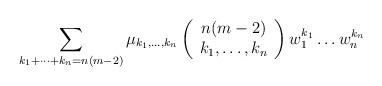
LaTeX: \begin{align*}\sum_{k_1+\dots+k_n=n(m-2)}\mu_{k_1,\dots,k_n}\left(\begin{array}{c}n(m-2)\\k_1,\dots,k_n\end{array}\right)w_1^{k_1}\dots w_n^{k_n}\end{align*}